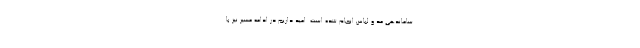
ساماندهی مد و لباس انجام شده است. امید داریم در ادامه مسیر نیز با